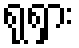
ရုရှား